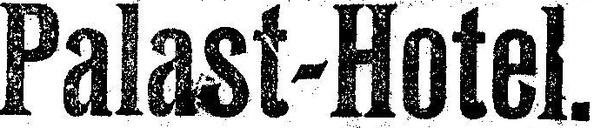
Palast-Hotel.